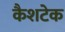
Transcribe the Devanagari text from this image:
कैशटेक